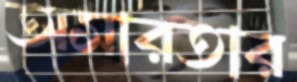
অসারতার